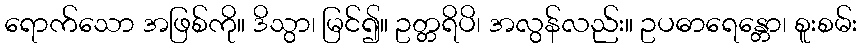
ရောက်သော အဖြစ်ကို။ ဒိသွာ၊ မြင်၍။ ဥတ္တရိပိ၊ အလွန်လည်း။ ဥပဓာရေန္တော၊ စူးစမ်း